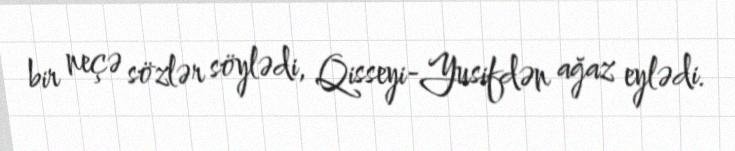
bir neçə sözlər söylədi, Qisseyi-Yusifdən ağaz eylədi.